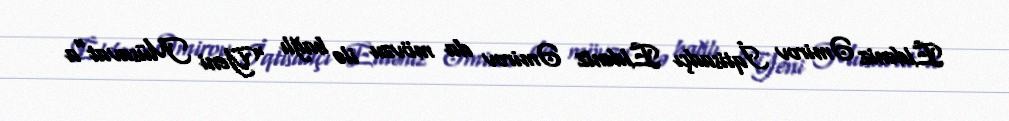
Eldəniz Əmirov İqtisadçı Eldəniz Əmirov da mövzu ilə bağlı “Yeni Müsavat”a